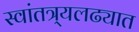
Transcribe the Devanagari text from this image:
स्वांतत्र्यलढ्यात